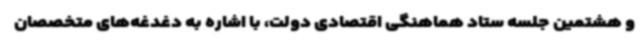
و هشتمین جلسه ستاد هماهنگی اقتصادی دولت، با اشاره به دغدغه‌های متخصصان